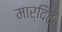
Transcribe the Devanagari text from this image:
मार्दिट